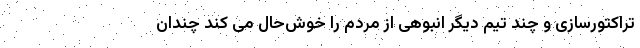
تراکتورسازی و چند تیم دیگر انبوهی از مردم را خوش‌حال می کند چندان